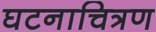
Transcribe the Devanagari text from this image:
घटनाचित्रण